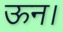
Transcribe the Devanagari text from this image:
ऊन।